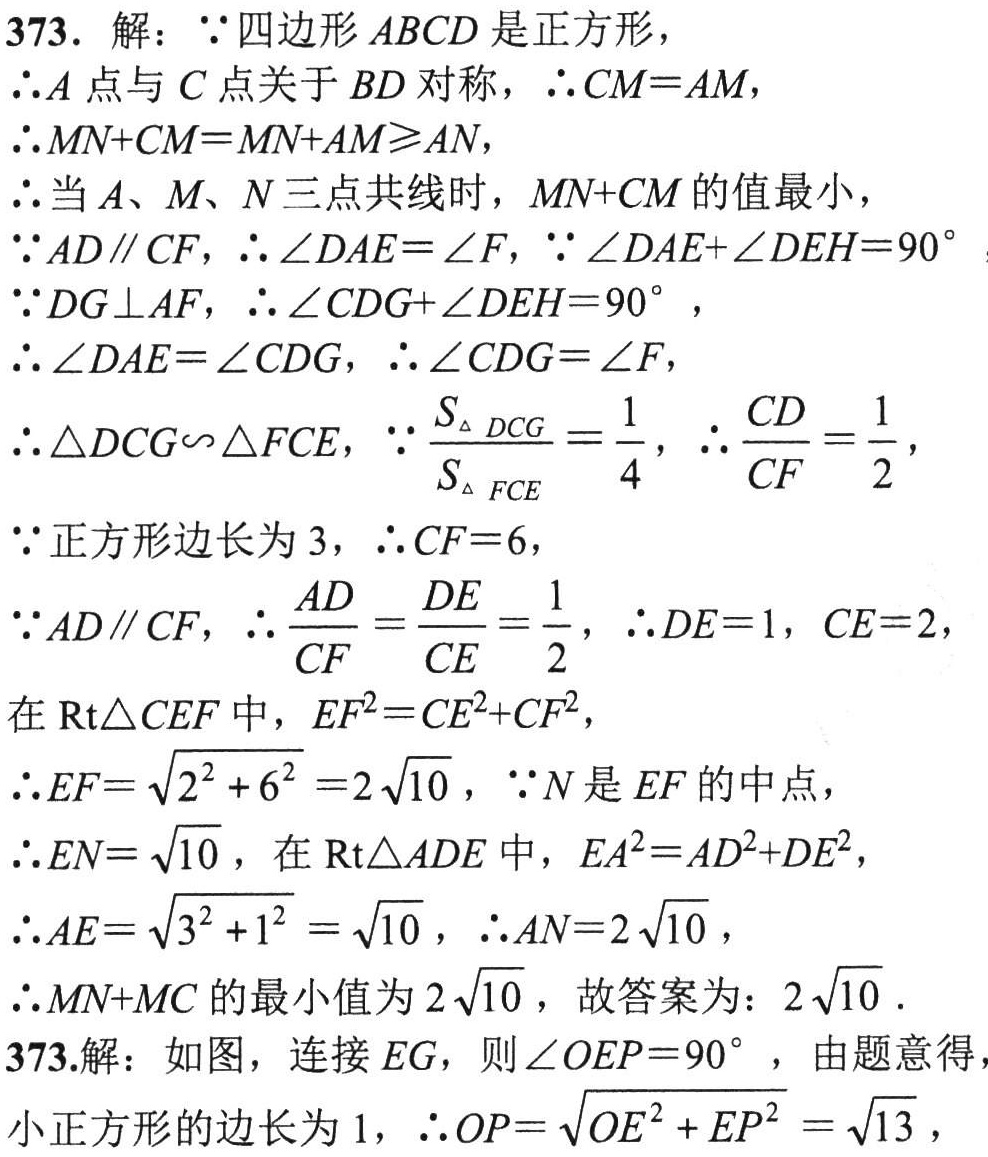
373. 解：\(\because\)四边形\(ABCD\)是正方形，
\(\therefore A\)点与\(C\)点关于\(BD\)对称，\(\therefore CM = AM\)，
\(\therefore MN + CM=MN + AM\geqslant AN\)，
\(\therefore\)当\(A、M、N\)三点共线时，\(MN + CM\)的值最小，
\(\because AD\parallel CF\)，\(\therefore\angle DAE=\angle F\)，\(\because\angle DAE+\angle DEH = 90^{\circ}\)
\(\because DG\perp AF\)，\(\therefore\angle CDG+\angle DEH = 90^{\circ}\)，
\(\therefore\angle DAE=\angle CDG\)，\(\therefore\angle CDG=\angle F\)，
\(\therefore\triangle DCG\backsim\triangle FCE\)，\(\because\frac{S_{\triangle DCG}}{S_{\triangle FCE}}=\frac{1}{4}\)，\(\therefore\frac{CD}{CF}=\frac{1}{2}\)，
\(\because\)正方形边长为\(3\)，\(\therefore CF = 6\)，
\(\because AD\parallel CF\)，\(\therefore\frac{AD}{CF}=\frac{DE}{CE}=\frac{1}{2}\)，\(\therefore DE = 1\)，\(CE = 2\)，
在\(\text{Rt}\triangle CEF\)中，\(EF^{2}=CE^{2}+CF^{2}\)，
\(\therefore EF=\sqrt{2^{2}+6^{2}} = 2\sqrt{10}\)，\(\because N\)是\(EF\)的中点，
\(\therefore EN=\sqrt{10}\)，在\(\text{Rt}\triangle ADE\)中，\(EA^{2}=AD^{2}+DE^{2}\)，
\(\therefore AE=\sqrt{3^{2}+1^{2}}=\sqrt{10}\)，\(\therefore AN = 2\sqrt{10}\)，
\(\therefore MN + MC\)的最小值为\(2\sqrt{10}\)，故答案为：\(2\sqrt{10}\).
373.解：如图，连接\(EG\)，则\(\angle OEP = 90^{\circ}\)，由题意得，
小正方形的边长为\(1\)，\(\therefore OP=\sqrt{OE^{2}+EP^{2}}=\sqrt{13}\)，